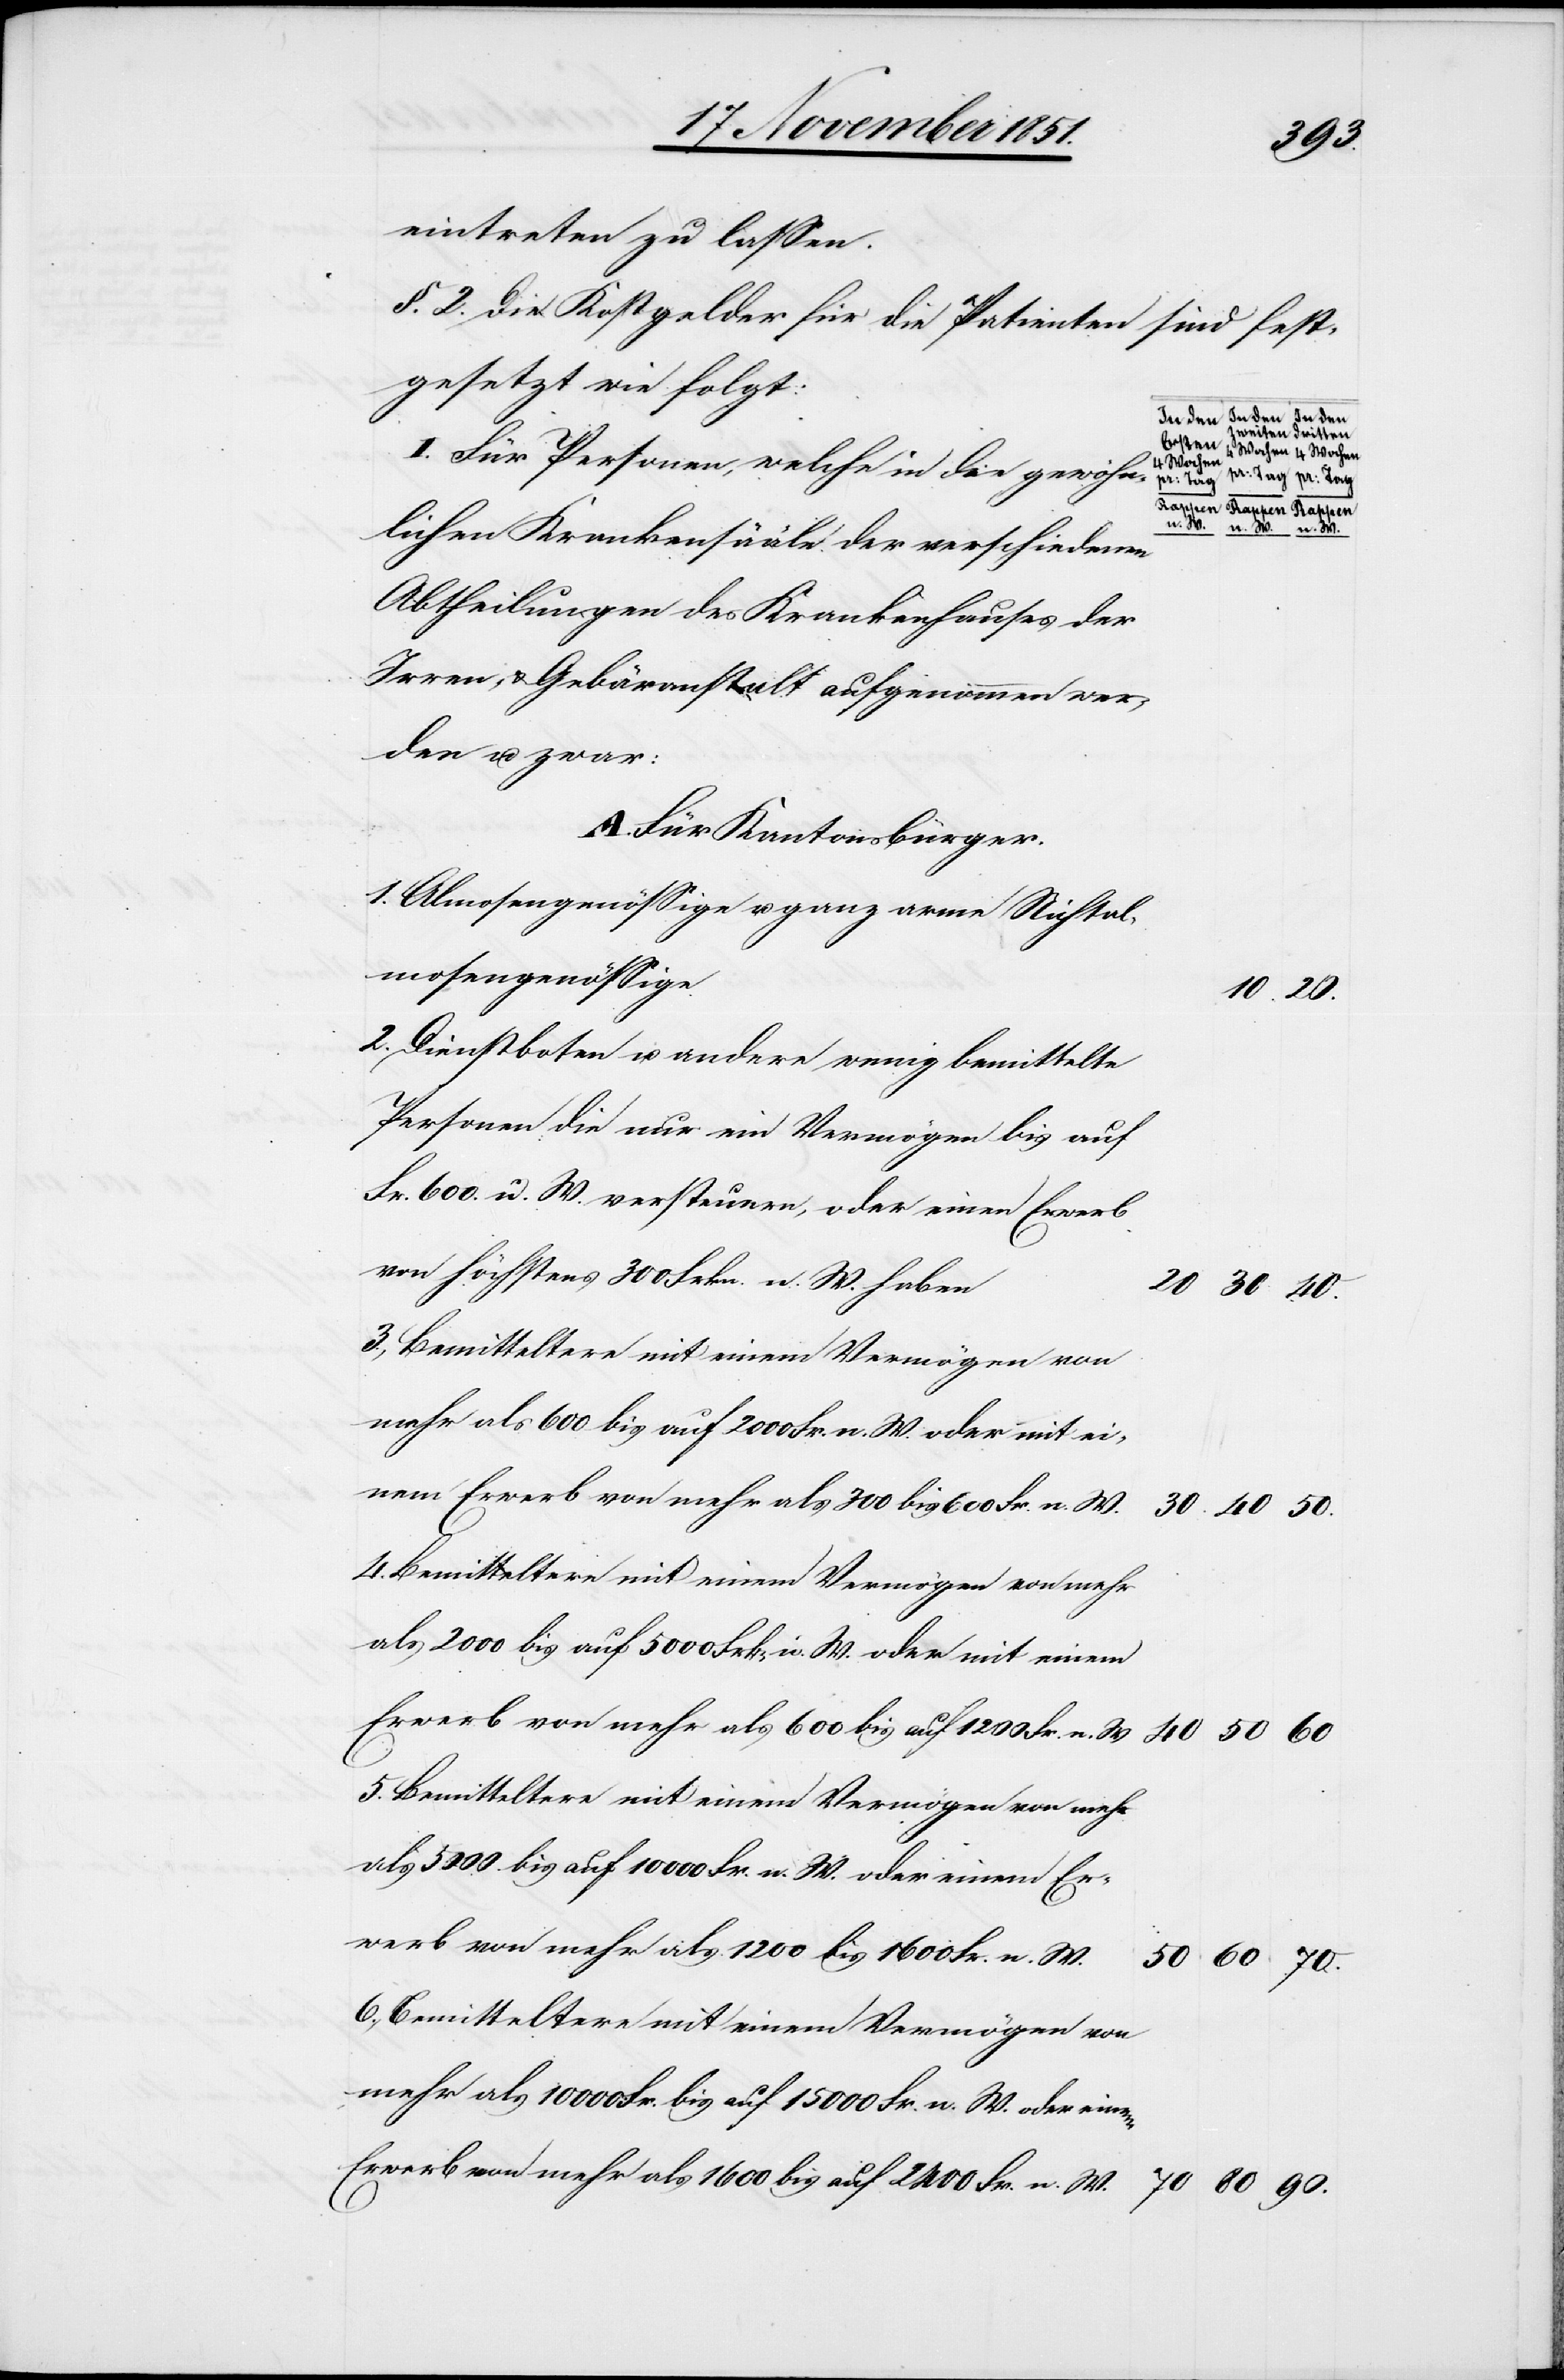
90.
eintreten zu lassen.
§. 2. Die Kostelder für die Patienten sind fest¬
gesetzt wie folgt:
den Dritten
4 Wochen
I. Für Personen, welche in die gewöhn¬
lichen Krankensääle der verschiedenen
Abtheilungen des Krankenhauses der
Irren- & Gebäranstalt aufgenommen wer¬
den u. zwar:
A. Für Kantonsbürger.
1. Almosengenössige u. ganz arme Nichtal¬
mosengenössige
n. W.
2. Dienstboten u. andere wenig bemittelte
Personen die nur ein Vermögen bis auf
Fr. 600. n. W. versteuern, oder einen Erwerb
von höchstens 300 Frkn. n. W. haben
3., Bemitteltere mit einem Vermögen von
mehr als 600 bis auf 2000 Fr. n. W. oder mit ei¬
nem Erwerb von mehr als 300 bis 600 Fr. n. W.
4. Bemitteltere mit einem Vermögen von mehr
als 2000 bis auf 5000 Frk[en] n. W. oder mit einem
5. Bemitteltere mit einem Vermögen von mehr
als 5000. bis auf 10 000 Fr. n. W. oder einem Er¬
werb von mehr als 1200 bis 1600 Fr. n. W.
6., Bemitteltere mit einem Vermögen von
mehr als 10 000 Fr. bis auf 15 000 Fr. n. W. oder einem
Erwerb von mehr als 1600 bis auf 2400 Fr. n. W.